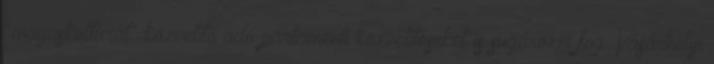
"magaskultúrát" közvetítő adó parlamenti közvetítéseket is sugározni fog. Vásárhelyi